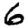
Digit: 6